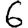
Digit: 6